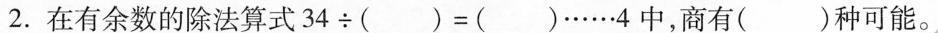
2.在有余数的除法算式$$3 4 \div ( ) = ( ) …… 4$$中，商有( )种可能。